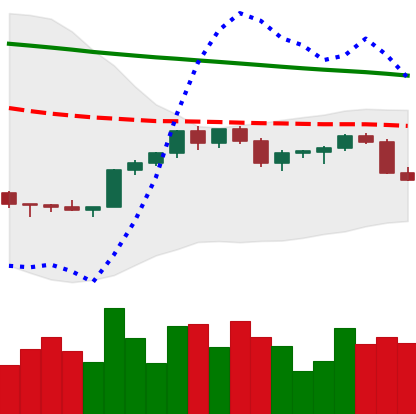
Ticker: XMR-USD
Chart end date: 2022-02-18
Forward return: -6.88%
Label: down_5_7